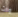
وات